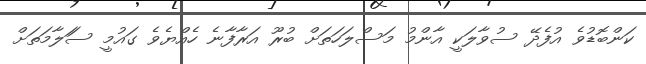
ކަންބޮޑުވެ އުފެދޭ ސުވާލަކީ އާންމު މަސްލަހަތަށް ބުރޫ އަރާފާނެ ހެއްޔެވެ ގައުމީ ސަަލާމަތަށް